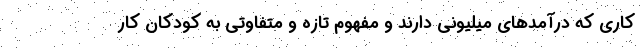
کاری که درآمدهای میلیونی دارند و مفهوم تازه‌ و متفاوتی به کودکان کار